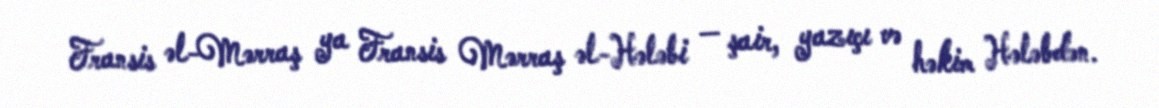
Fransis əl-Mərraş ya Fransis Mərraş əl-Hələbi — şair, yazıçı və həkim Hələbdən.